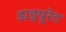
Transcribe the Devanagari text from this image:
डाइयूरेट